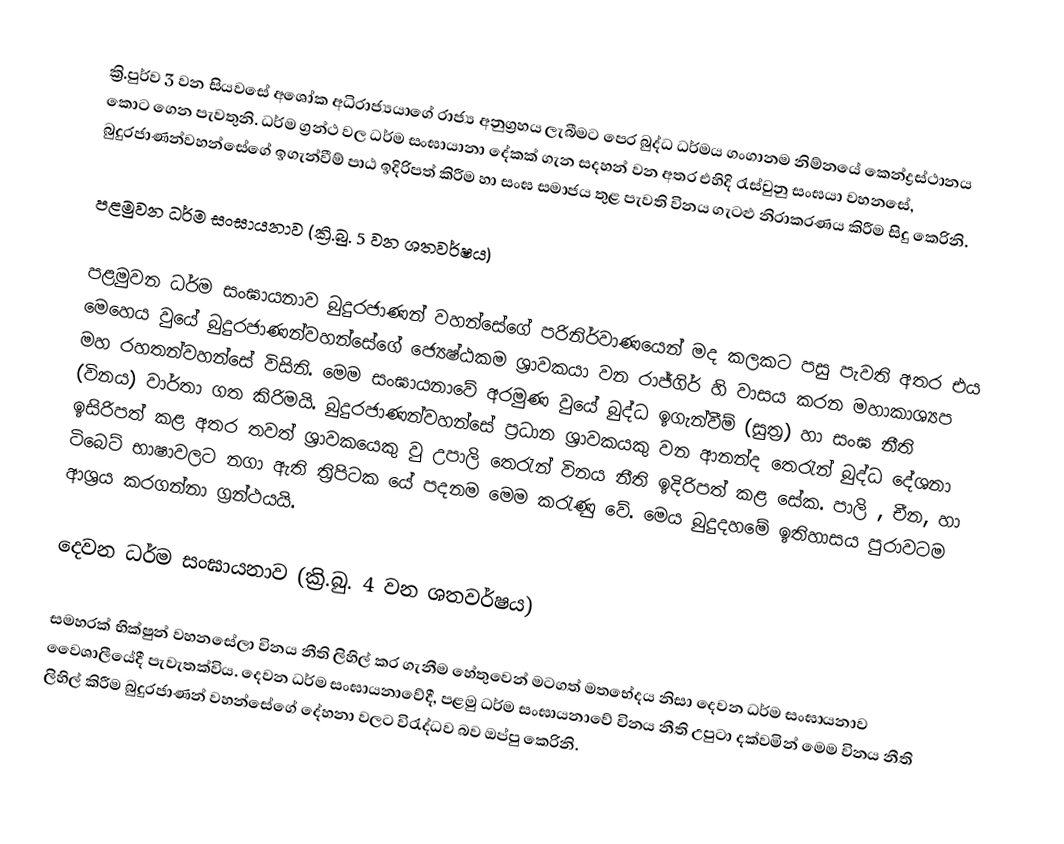
ක්‍රි.පුර්ව 3 වන සියවසේ අශෝක අධිරාජ්‍යයාගේ රාජ්‍ය අනුග්‍රහය ලැබීමට පෙර බුද්ධ ධර්මය ගංගානම නිම්නයේ කෙන්ද්‍රස්ථානය කොට ගෙන පැවතුනි. ධර්ම ග්‍රන්ථ වල ධර්ම සංඝායානා දේකක් ගැන සදහන් වන අතර එහිදි රැස්වුනු සංඝයා වහනසේ, බුදුරජාණන්වහන්සේගේ ඉගැන්වීම් පාඨ ඉදිරිපත් කිරීම හා සංඝ සමාජය තුළ පැවති විනය ගැටළු නිරාකරණය කිරීම සිදු කෙරිනි.

පළමුවන ධර්ම සංඝායනාව (ක්‍රි.බු. 5 වන ශතවර්ෂය)

පළමුවන ධර්ම සංඝායනාව බුදුරජාණන් වහන්සේගේ පරිනිර්වාණයෙන් මද කලකට පසු පැවති අතර එය මෙහෙය වුයේ බුදුරජාණන්වහන්සේගේ ජ්‍යෙෂ්ඨකම ශ්‍රාවකයා වන රාජ්ගිර් හි වාසය කරන මහාකාශ්‍යප මහ රහතන්වහන්සේ විසිනි. මෙම සංඝායනාවේ අරමුණ වුයේ බුද්ධ ඉගැන්වීම් (සුත්‍ර) හා සංඝ නීති (විනය) වාර්තා ගත කිරිමයි. බුදුරජාණන්වහන්සේ ප්‍රධාන ශ්‍රාවකයකු වන ආනන්ද තෙරැන් බුද්ධ දේශනා ඉසිරිපත් කළ අතර තවත් ශ්‍රාවකයෙකු වු උපාලි තෙරැන් විනය නීති ඉදිරිපත් කළ සේක. පාලි , චීන, හා ටිබෙට් භාෂාවලට නගා ඇති ත්‍රිපිටක යේ පදනම මෙම කරැණු වේ. මෙය බුදුදහමේ ඉතිහාසය පුරාවටම ආශ්‍රය කරගන්නා ග්‍රන්ථයයි.

දෙවන ධර්ම සංඝායනාව (ක්‍රි.බු. 4 වන ශතවර්ෂය)

සමහරක් භික්ෂුන් වහනසේලා විනය නීති ලිහිල් කර ගැනීම හේතුවෙන් මටගත් මතභේදය නිසා දෙවන ධර්ම සංඝායනාව වෛශාලීයේදී පැවැතක්විය. දෙවන ධර්ම සංඝායනාවේදී, පළමු ධර්ම සංඝායනාවේ විනය නීති උපුටා දක්වමින් මෙම විනය නීති ලිහිල් කිරීම බුදුරජාණන් වහන්සේගේ දේහනා වලට විරැද්ධව බව ඔප්පු කෙ‍රිනි.